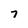
Character: 7